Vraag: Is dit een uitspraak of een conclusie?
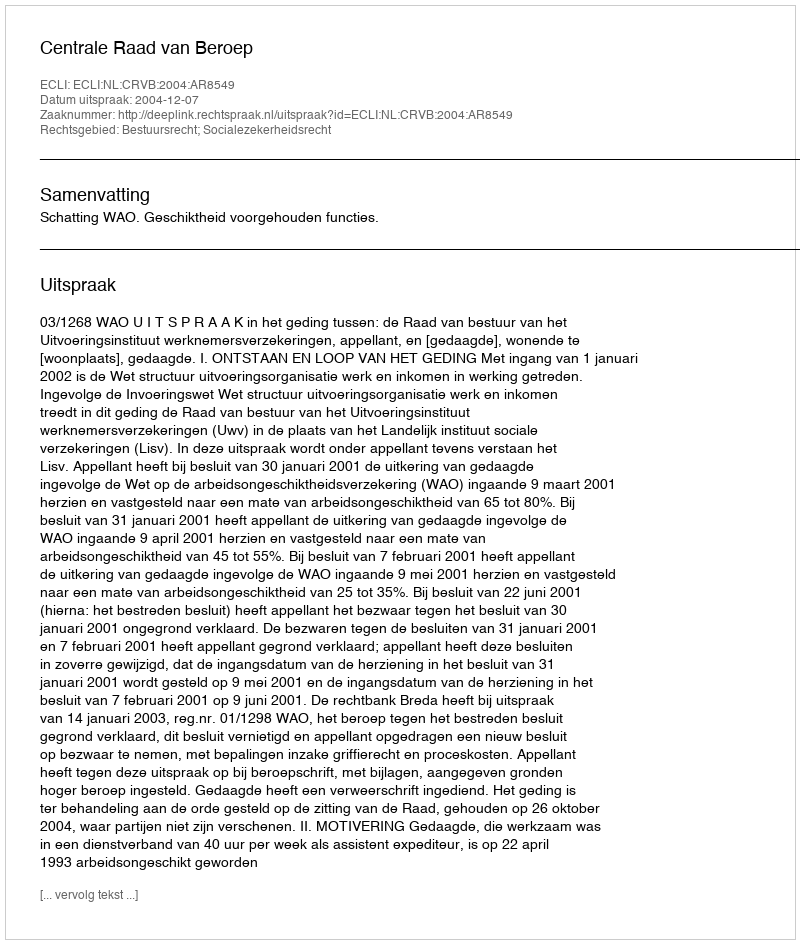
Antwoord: Uitspraak